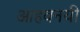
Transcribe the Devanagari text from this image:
आहवनयी